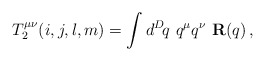
\begin{align*}T_2^{\mu\nu}(i,j,l,m) = \int d^D\! q\,\, q^\mu q^\nu\,\,{\bf R}(q)\,,\end{align*}